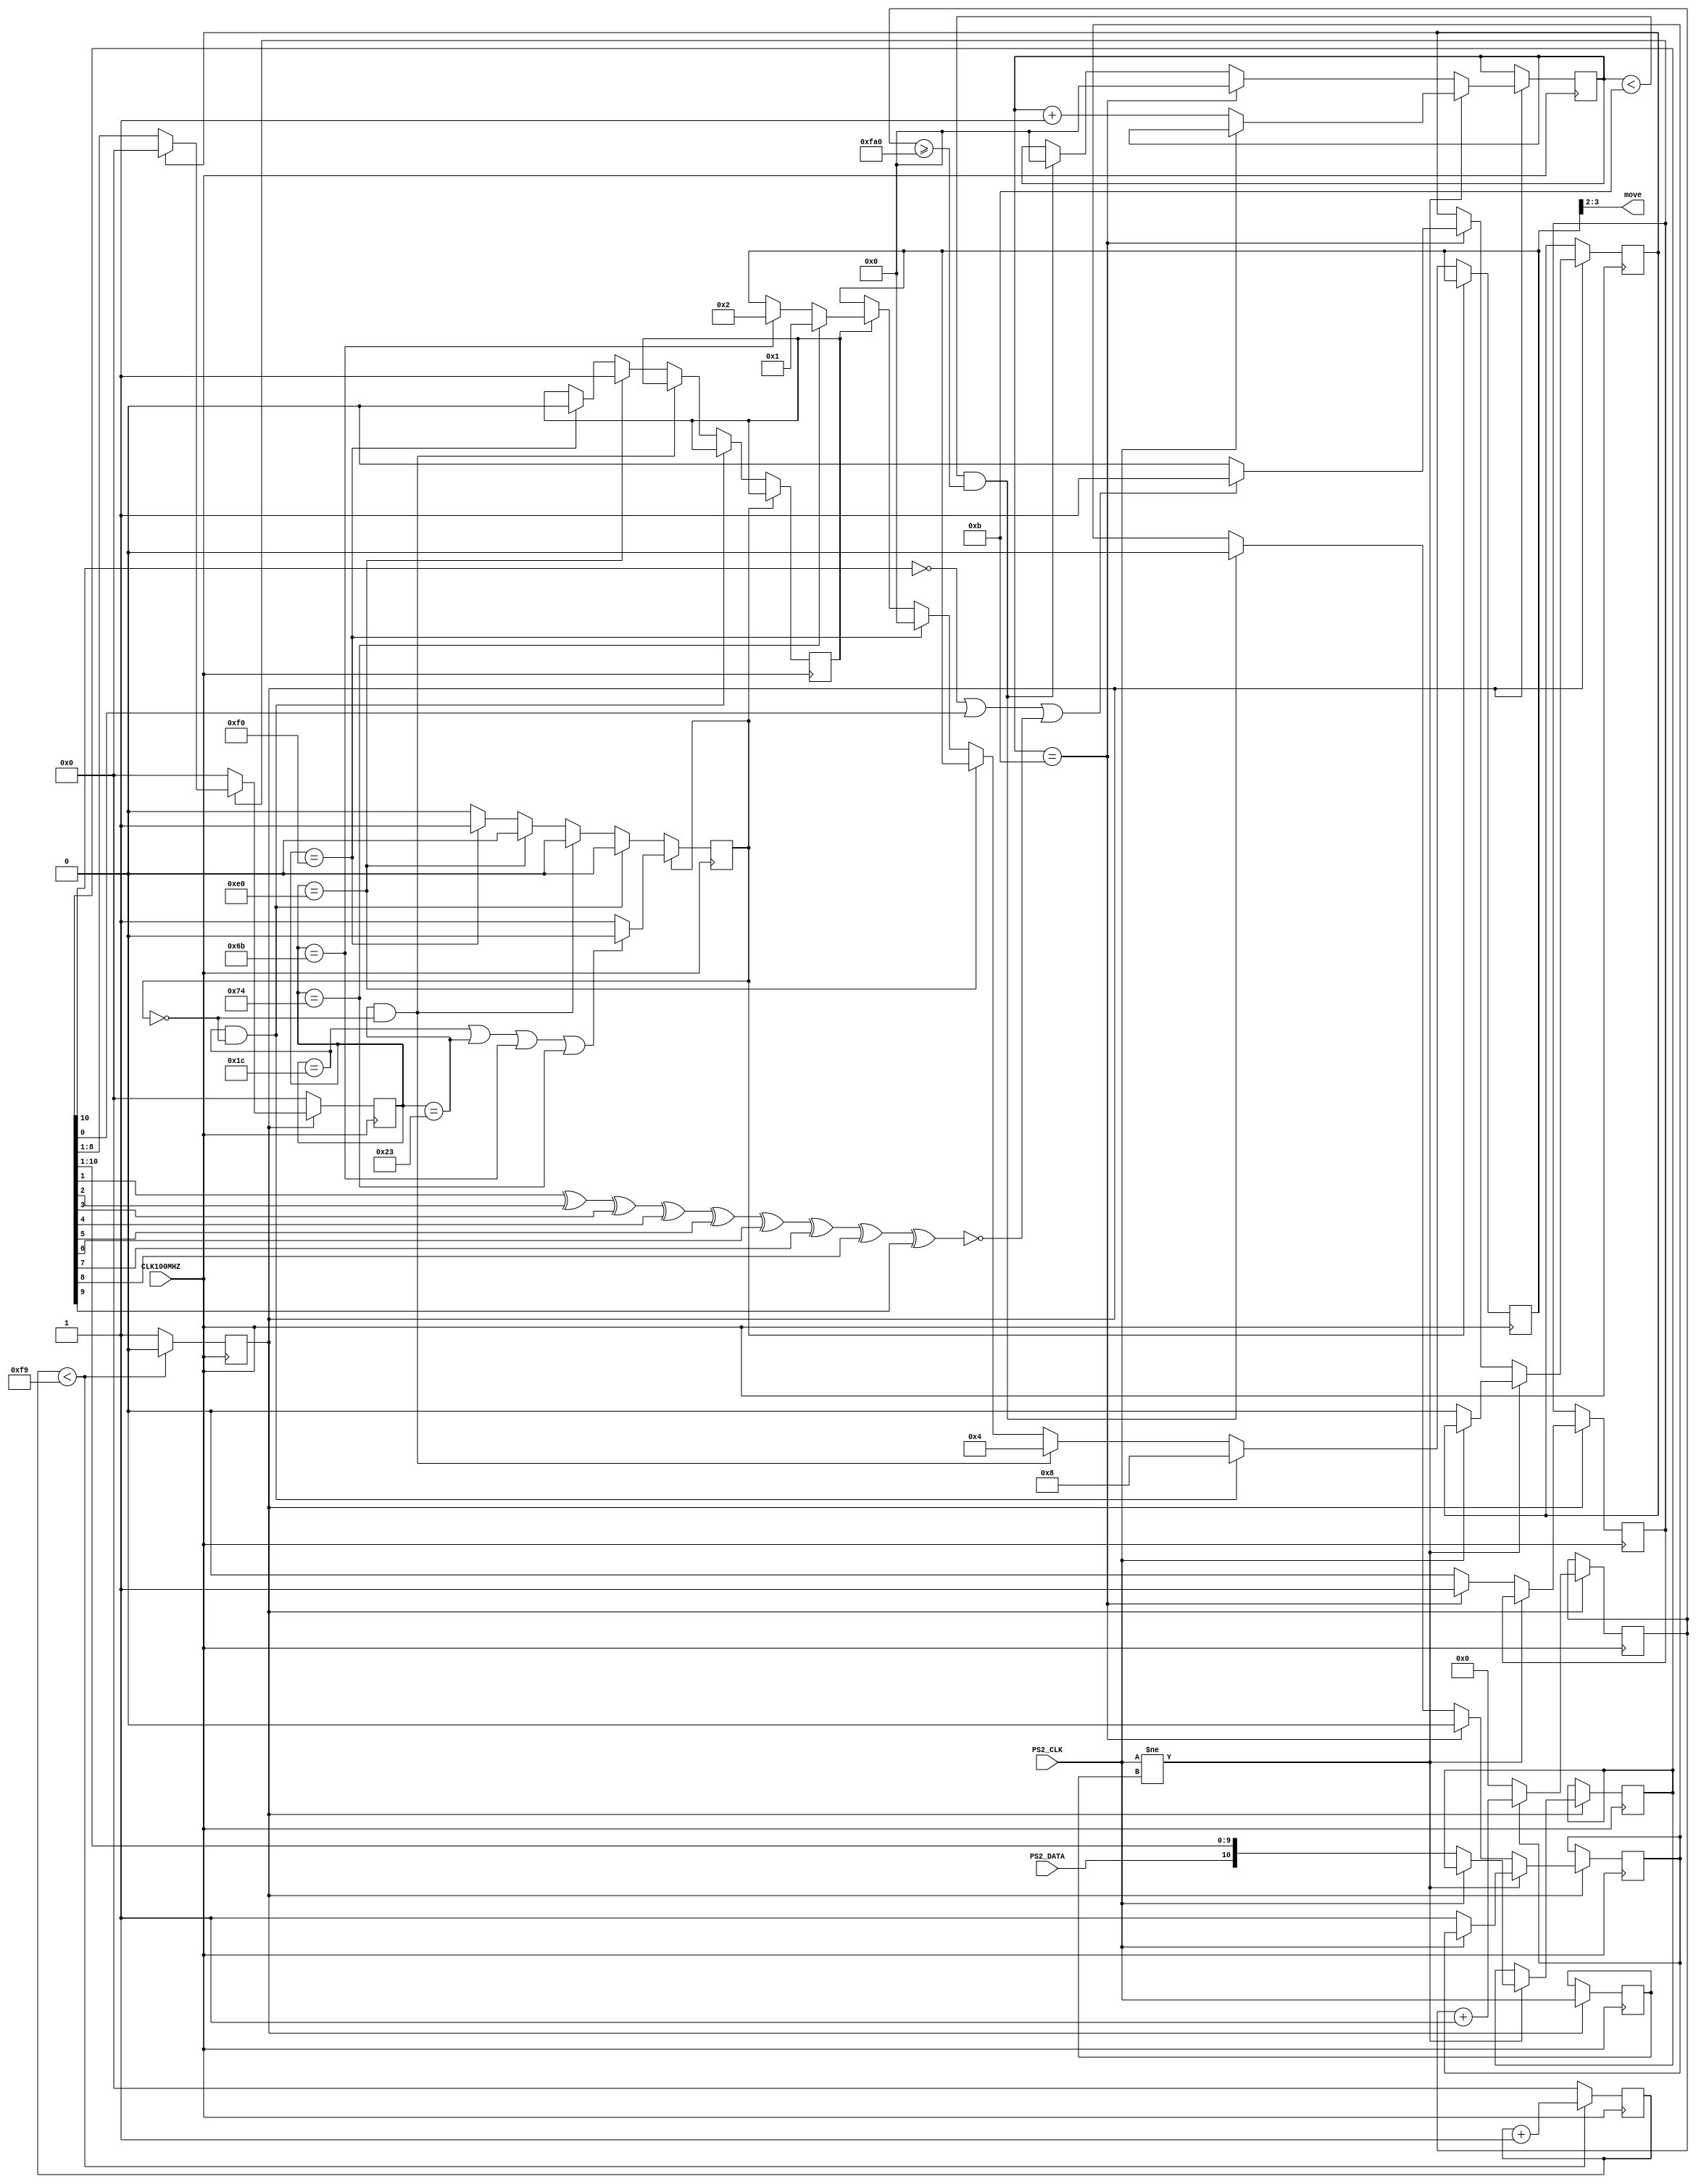
`timescale 1ns / 1ps
//////////////////////////////////////////////////////////////////////////////////
// Company: 
// Engineer: 
// 
// Design Name: 
// Module Name: Keyboard_2
// Project Name: 
// Target Devices: 
// Tool Versions: 
// Description: 
// 
// Dependencies: 
// 
// Revision:
// Revision 0.01 - File Created
// Additional Comments:
// 
//////////////////////////////////////////////////////////////////////////////////


module Keyboard(
    input CLK100MHZ,	//board clock
    input PS2_CLK,	//keyboard clock and data signals
    input PS2_DATA,
    output wire [1:0] move	//10 for going left, 00 for not moving, 01 for going right
   );


	wire [7:0] W = 8'h1D;
	wire [7:0] S = 8'h1B;
	wire [7:0] A = 8'h1C;
	wire [7:0] D = 8'h23;
	wire [15:0] left = 16'hE06B;
	wire [15:0] right = 16'hE074;
	wire [7:0] stop = 8'hF0;

	reg isReading;				 
	reg [11:0] count_reading;		
	reg prevCLK;			
	reg scan_err;				
	reg [10:0] scan_code;			
	reg [7:0] CODEWORD;			
	reg getFull;				
	reg [3:0]count;				
	reg CLK400KHZ = 0;			 
	reg [7:0]DOWNCOUNTER = 0;
	reg is_arrow = 0;
	reg ending = 0;
	reg [3:0] out;

	//Set initial values
	initial begin
		prevCLK = 1;		
		scan_err = 0;		
		scan_code = 0;
		count = 0;			
		CODEWORD = 0;
		out = 0;
		isReading = 0;
		count_reading = 0;
	end

	always @(posedge CLK100MHZ) begin				//This reduces the frequency 250 times
		if (DOWNCOUNTER < 249) begin			
			DOWNCOUNTER <= DOWNCOUNTER + 1;
			CLK400KHZ <= 0;
		end
		else begin
			DOWNCOUNTER <= 0;
			CLK400KHZ <= 1;
		end
	end
	
	always @(posedge CLK100MHZ) begin	
		if (CLK400KHZ) begin
			if (isReading)				
				count_reading <= count_reading + 1;
			else 						
				count_reading <= 0;			
		end
	end


	always @(posedge CLK100MHZ) begin		
	if (CLK400KHZ) begin						
		if (PS2_CLK != prevCLK) begin			
			if (!PS2_CLK) begin				
				isReading <= 1;				
				scan_err <= 0;				
				scan_code[10:0] <= {PS2_DATA, scan_code[10:1]};	
				count <= count + 1;			
			end
		end
		else if (count == 11) begin				
			count <= 0;
			isReading <= 0;					
			getFull <= 1;				
			//calculate scan_err using parity bit
			if (!scan_code[10] || scan_code[0] || !(scan_code[1]^scan_code[2]^scan_code[3]^scan_code[4]
				^scan_code[5]^scan_code[6]^scan_code[7]^scan_code[8]
				^scan_code[9]))
				scan_err <= 1;
			else 
				scan_err <= 0;
		end	
		else  begin						
			getFull <= 0;					
			if (count < 11 && count_reading >= 4000) begin	
				count <= 0;				
				isReading <= 0;				
			end
		end
	prevCLK <= PS2_CLK;					
	end
	end


	always @(posedge CLK100MHZ) begin
		if (CLK400KHZ) begin					
			if (getFull) begin				
				if (scan_err) begin			
					CODEWORD <= 8'd0;		
				end
				else begin
					CODEWORD <= scan_code[8:1];	
				end				
			end					
			else CODEWORD <= 8'd0;				
		end
		else CODEWORD <= 8'd0;					
	end
	
	always @(posedge CLK100MHZ) begin
	    if(ending == 1)begin
	       if(CODEWORD == A || CODEWORD == D || CODEWORD == left[7:0] || CODEWORD == right[7:0])
	           ending = 0;
	    end
        else if (CODEWORD == A && ~ending)begin
            out <= 4'b1000;
        end
        else if(CODEWORD == D && ~ending)begin
            out <= 4'b0100;
        end
        else if(CODEWORD == left[15:8])begin
            is_arrow = 1;
        end
        else if(CODEWORD == stop)begin
            is_arrow = 0;
            ending = 1;
            out <= 4'b0000;
        end
        else if(is_arrow) begin
            if(CODEWORD == left[7:0])begin
                out <= 4'b0010;
            end
            if(CODEWORD == right[7:0]) out <= 4'b0001;
        end
    end    
        
    assign move = out[3:2];    
endmodule